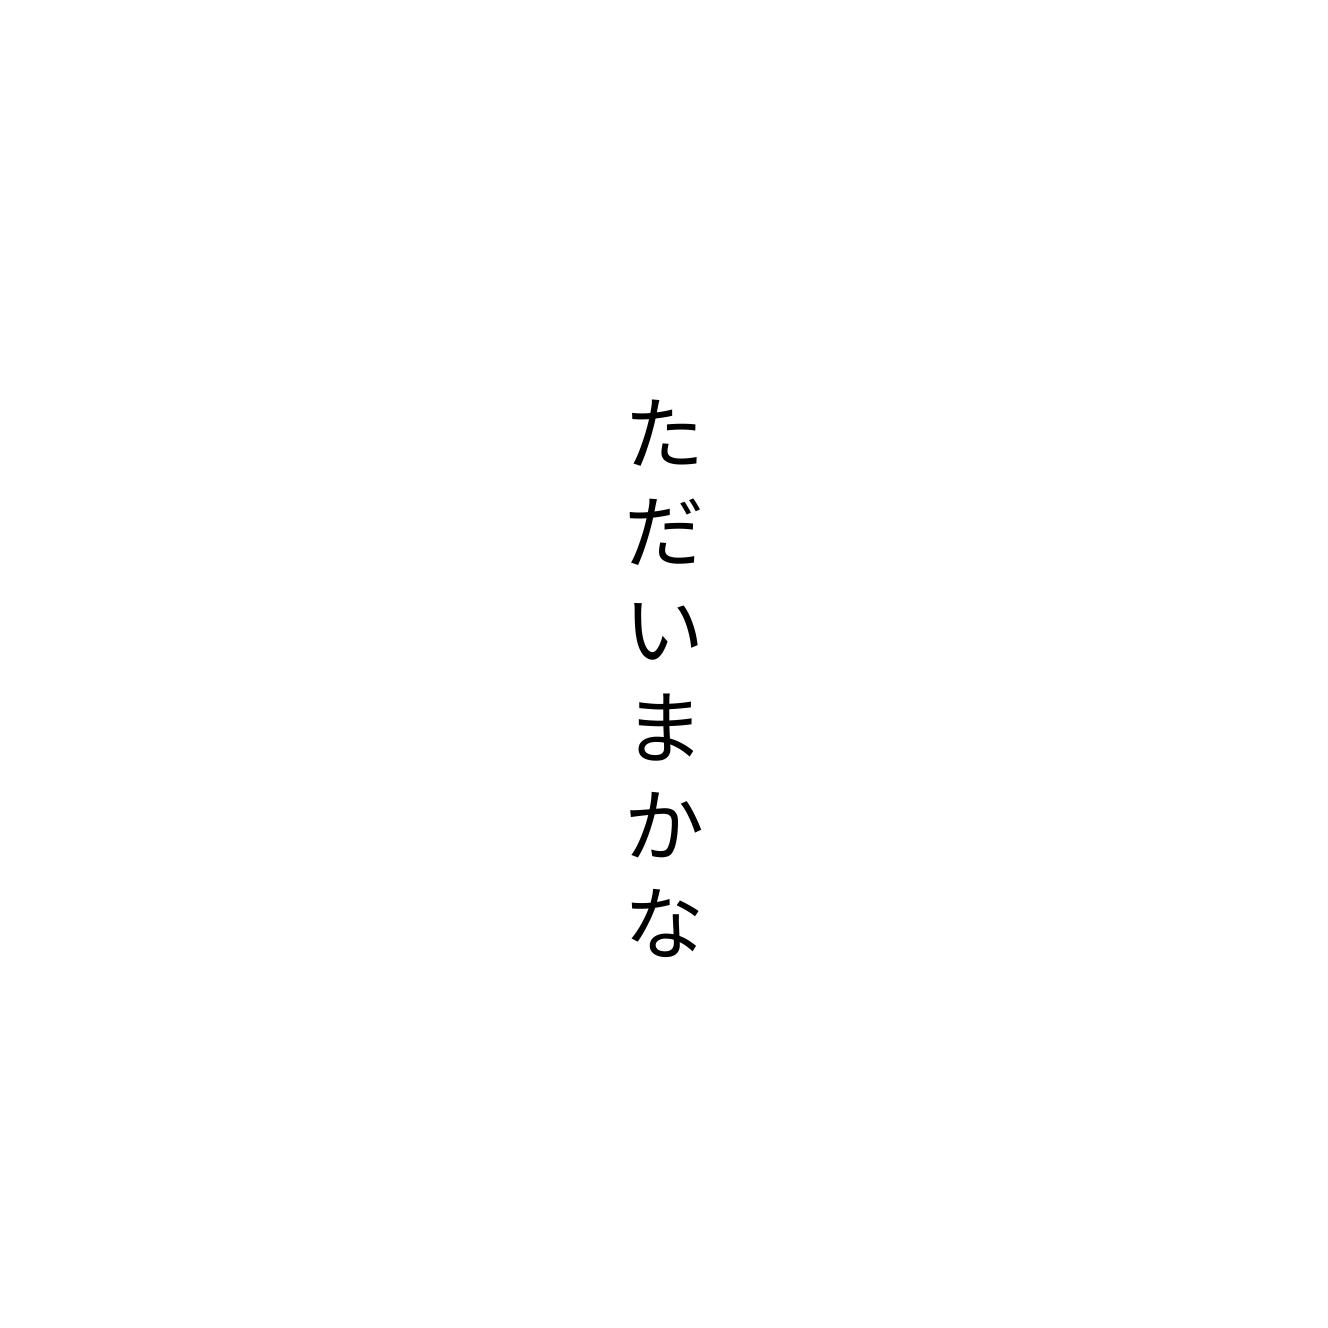
ただいまかな